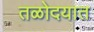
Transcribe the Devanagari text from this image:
तळोदयात